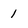
Character: 1